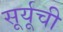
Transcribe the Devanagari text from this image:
सूर्यूची